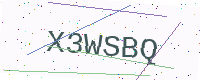
Text: X3WSBQ